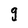
Character: g